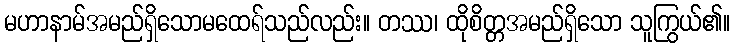
မဟာနာမ်အမည်ရှိသောမထေရ်သည်လည်း။ တဿ၊ ထိုစိတ္တအမည်ရှိသော သူကြွယ်၏။